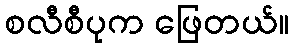
စလီစီပုက ဖြေတယ်။